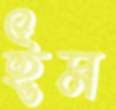
ইম